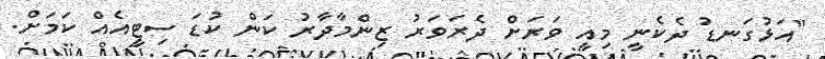
"އަޅުގަނޑު ދެކެނީ މިއީ ވަރަށް ދެރަވަރު ޒިންމާދާރު ކަން ކުޑަ ސިޓީއެއް ކަމަށް.